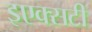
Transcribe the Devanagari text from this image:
इएक्सटी